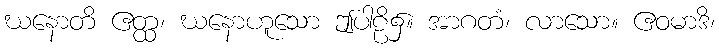
ဃနောတိ ဧတ္ထ၊ ဃနောဟူသော ဤပါဠိ၌။ အာဂတံ၊ လာသော။ ဧဝမာဒိ၊